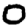
Digit: 0